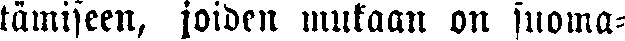
tämiseen, joiden mukaan on suoma-